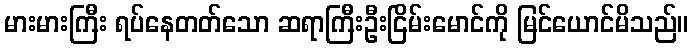
မားမားကြီး ရပ်နေတတ်သော ဆရာကြီးဦးငြိမ်းမောင်ကို မြင်ယောင်မိသည်။